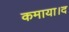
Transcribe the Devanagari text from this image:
कमाया।द